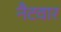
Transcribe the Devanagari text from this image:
नैटवार